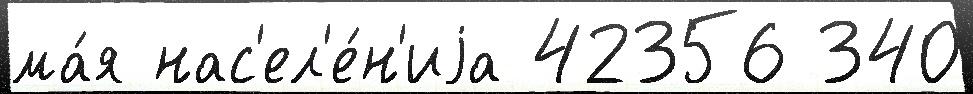
ма́я нас'ел'е́н'иjа 42356 340